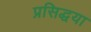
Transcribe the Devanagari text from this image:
प्रसिद्धया